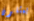
يمثلون